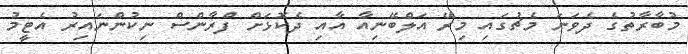
މުބާރާތުގެ ދެވަނަ މެޗުގައި މިރޭ އަލްބޭނިއާ އާއި ދެކޮޅަށް ފްރާންސް ނިކުންނައިރު އެޓީމު